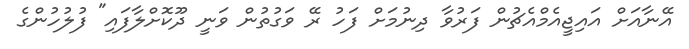
އޭނާއަށް އައިޖީއެމްއެޗުން ފަރުވާ ދިނުމަށް ފަހު ރޭ ވަގުތުން ވަނީ ދޫކޮށްލާފައި" ފުލުހުންގެ